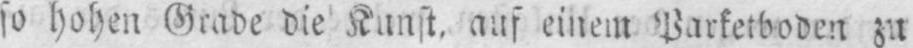
so hohen Grabe die Kunst, auf einem Parketboden zu